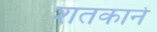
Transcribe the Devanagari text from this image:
शतकाने